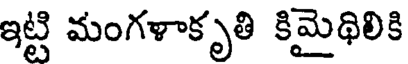
ఇట్టి మంగళాకృతి కిమైథిలికి